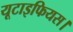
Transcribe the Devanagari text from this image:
यूटाइफियस।